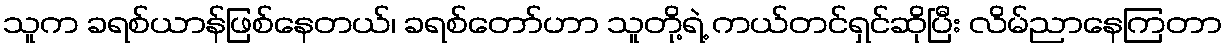
သူက ခရစ်ယာန်ဖြစ်နေတယ်၊ ခရစ်တော်ဟာ သူတို့ရဲ့ ကယ်တင်ရှင်ဆိုပြီး လိမ်ညာနေကြတာ